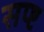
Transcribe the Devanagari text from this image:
सप्ष्ट